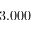
3 . 0 0 0